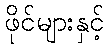
ဖိုင်များနှင့်